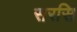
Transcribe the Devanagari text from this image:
सरसि